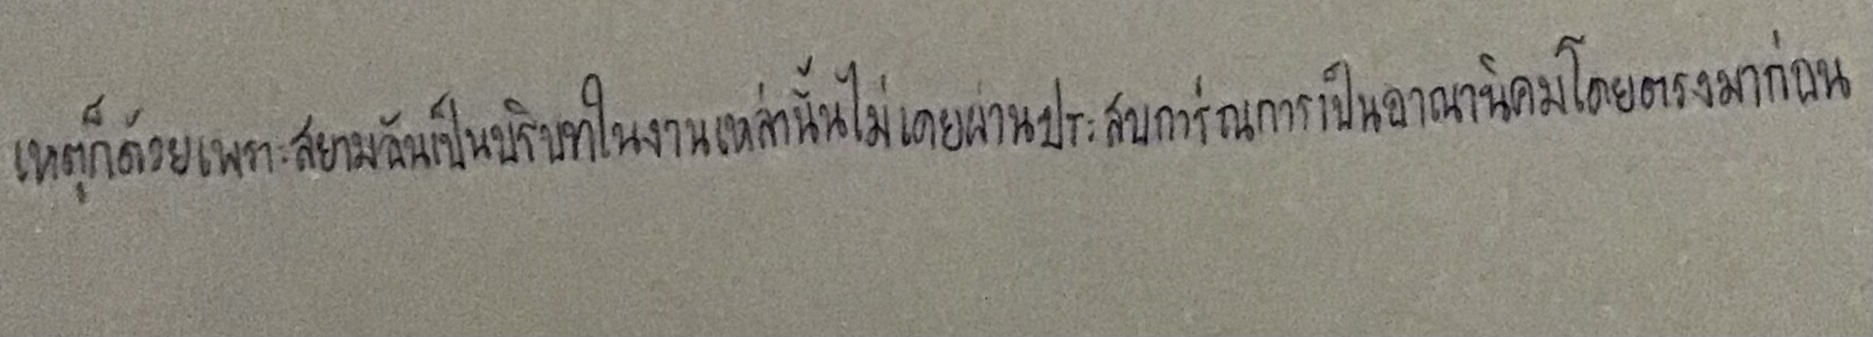
เหตุก็ด้วยเพราะสยามอันเป็นบริบทในงานเหล่านั้นไม่เคยผ่านประสบการณ์การเป็นอาณานิคมโดยตรงมาก่อน